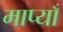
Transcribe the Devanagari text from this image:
माप्याँ